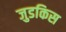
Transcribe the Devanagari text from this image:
जुडकिस